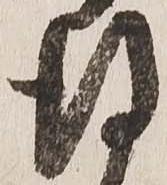
得